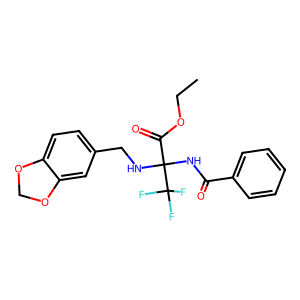
SMILES: CCOC(=O)C(NCc1ccc2c(c1)OCO2)(NC(=O)c1ccccc1)C(F)(F)F
Inhibits HIV replication: No